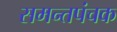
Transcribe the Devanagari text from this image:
समन्तपंचक